Document type: Enfranchisement
Year: 1297
Scribe: Jaume de Trilla
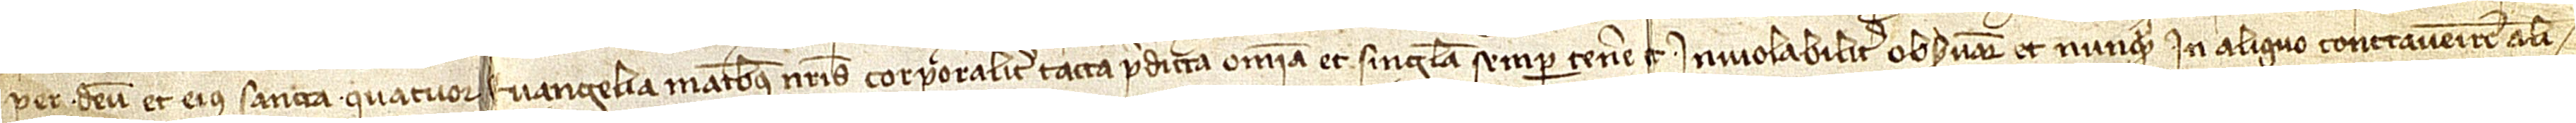
per Deum et eius sancta quatuor Evangelia, manibus nostris corporaliter tacta, predicta omnia et singula semper tenere et inviolabiliter observare et nunquam in aliquo contravenire ali-